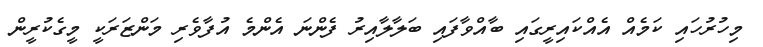
މިހުރުހައި ކަމެއް އެއްކައިރީގައި ބާއްވާފައި ބަލާލާއިރު ފެންނަ އެންމެ އުފާވެރި މަންޒަރަކީ މީގެކުރީން